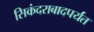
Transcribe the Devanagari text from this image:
सिकंदराबादपर्यंत